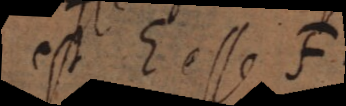
est E esse F.